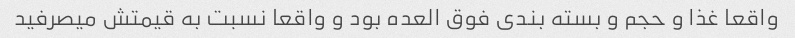
واقعا غذا و حجم و بسته بندی فوق العده بود و واقعا نسبت به قیمتش میصرفید